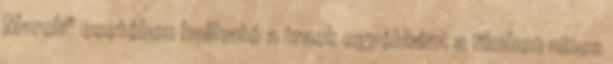
March" esetében hallható a track egyébként a filmben nincs